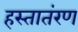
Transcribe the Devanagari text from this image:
हस्तातंरण